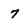
Character: 7